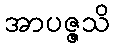
အာပဇ္ဇသိ